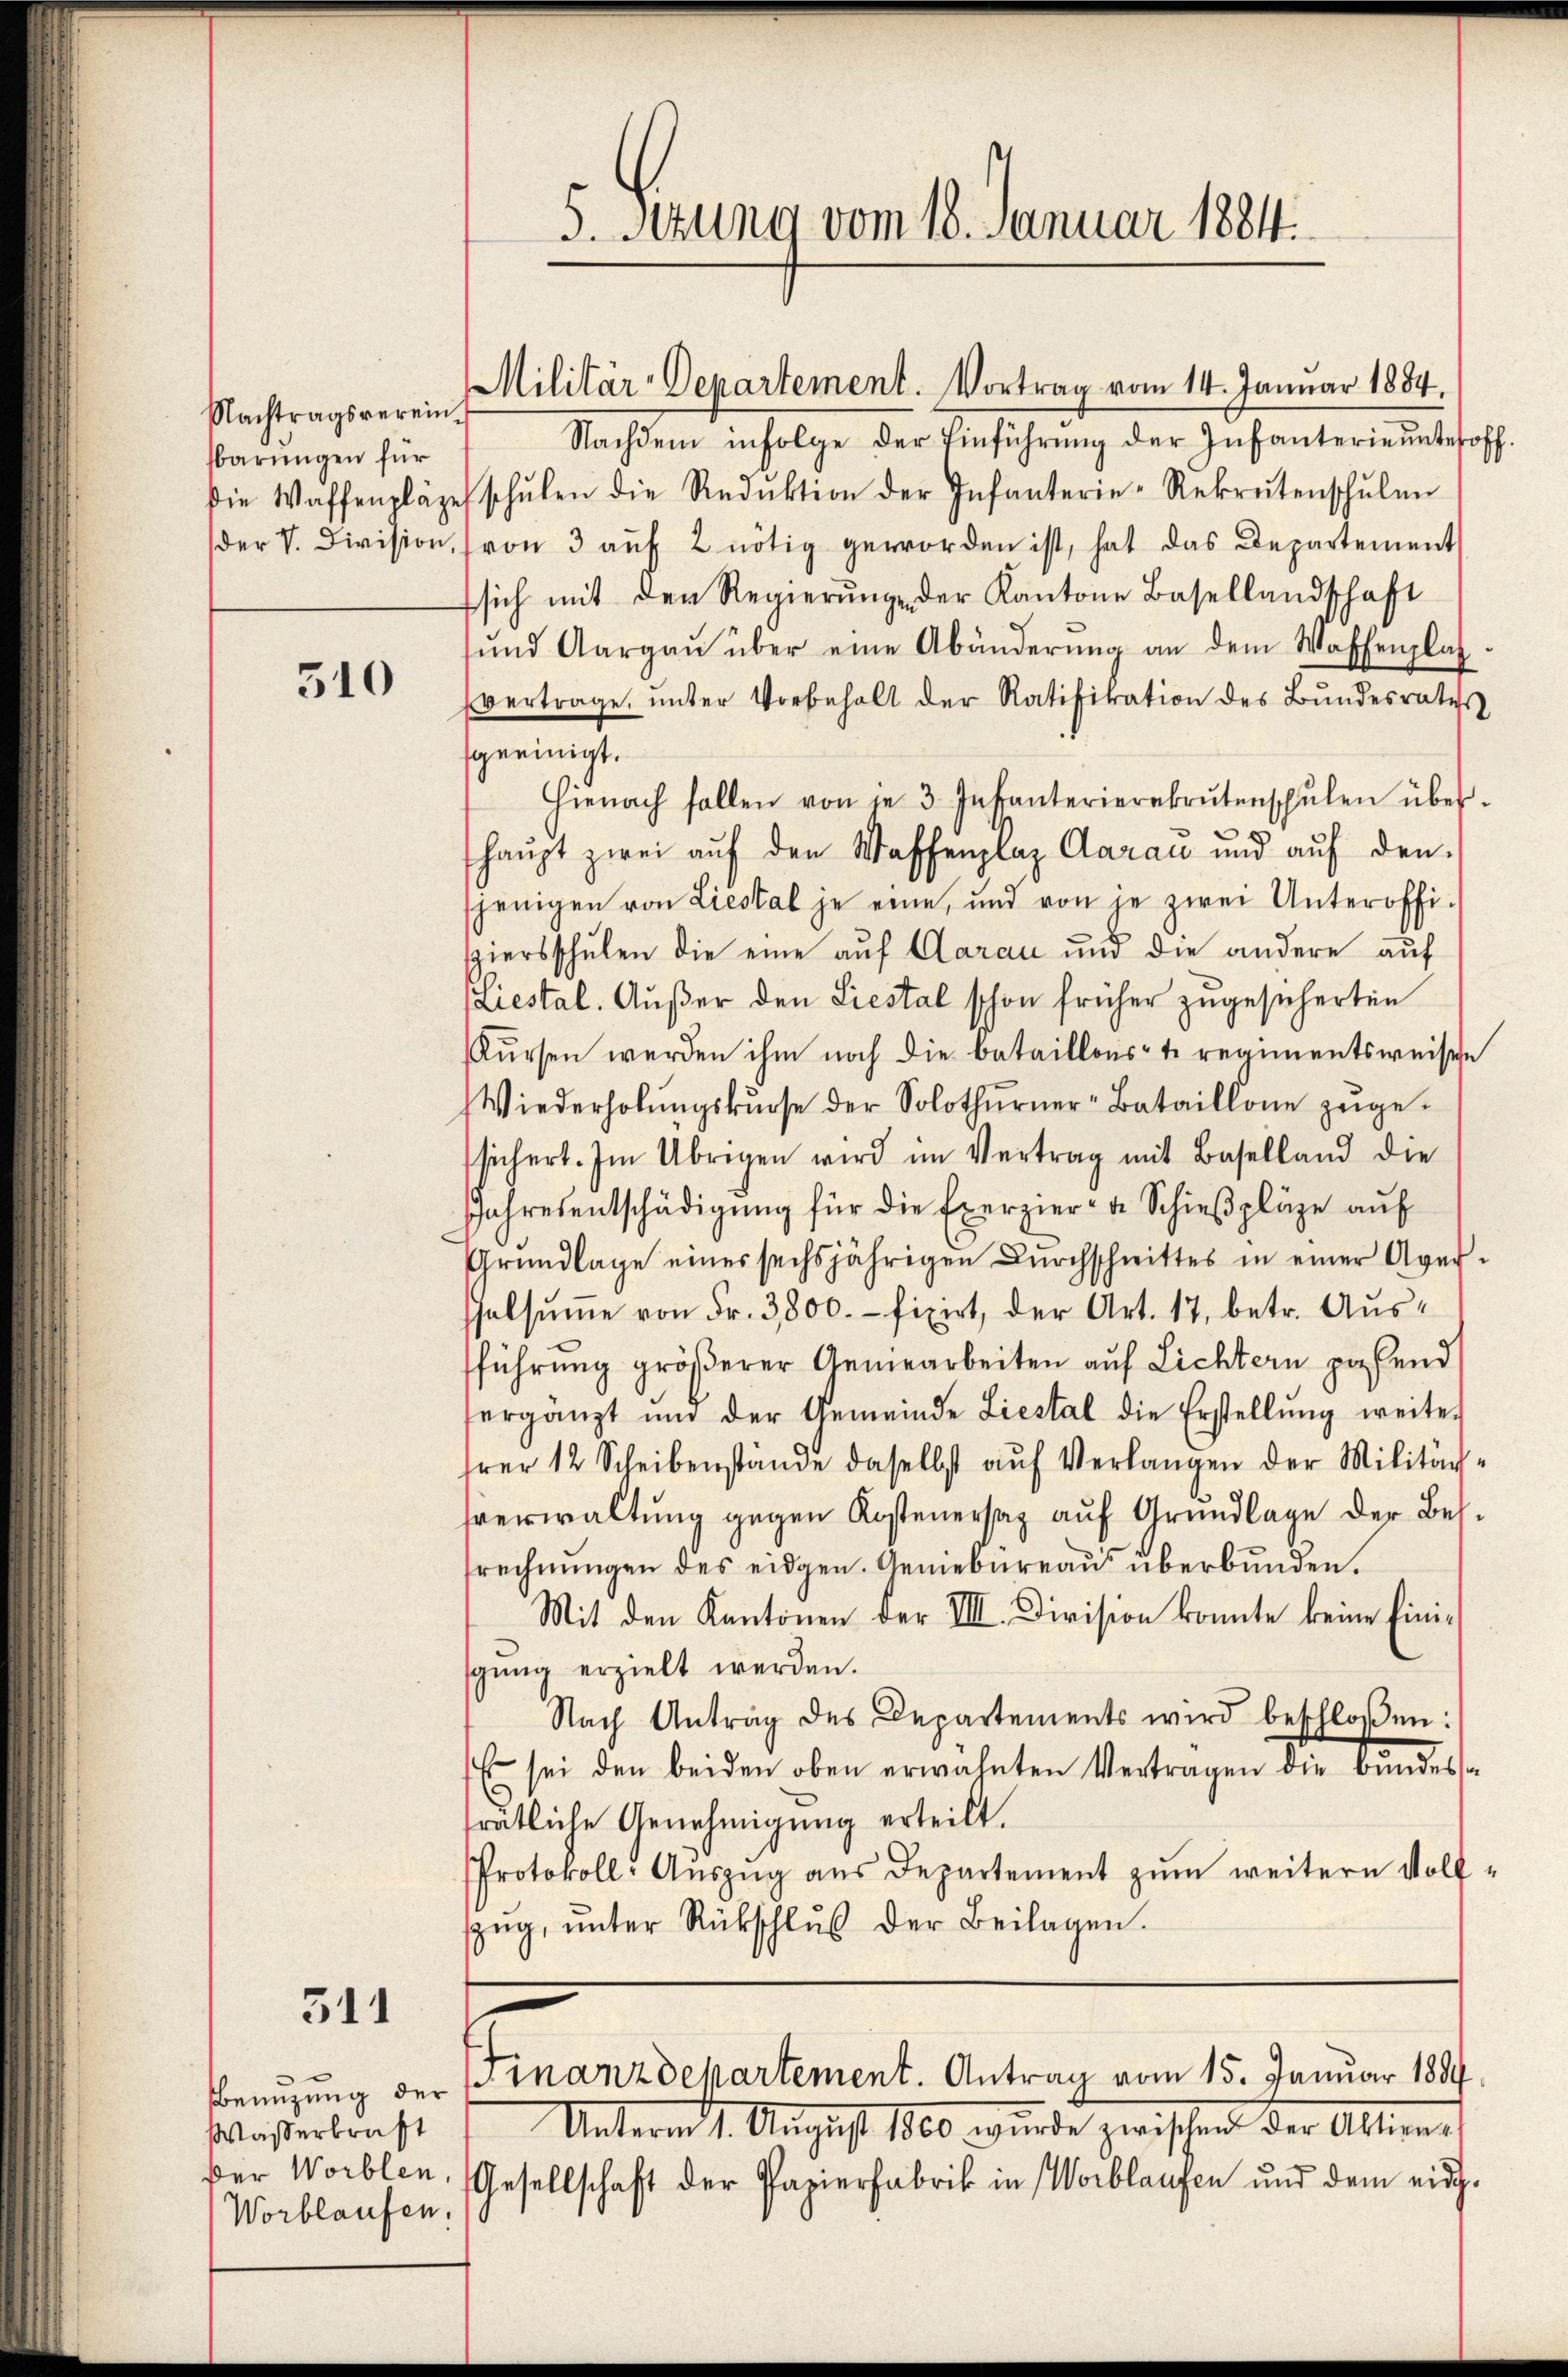
310

311

Nachtragsverein.
barungen für

Wasserkraft
Worblaufen.

5. Sitzung vom 18. Januar 1884.

Nachdem infolge der Einführŭng der Infanterie ŭnteroff
die Waffenpläge schŭlen die Reduktion der Infanterie-Rekrutenschŭlen
der V. Division, (von 3 aŭf 2 nötig geworden ist, hat das Departement
fsich mit den Regierŭng der Kantone Basellandschaft
und Aargaŭ über eine Abänderŭng an dem Waffenplat
vertrage, ŭnter Vorbehalt der Ratifikation des Bundesrates
geeinigt.
Hienach sollen von je 3 Infanterierekrutenschŭlen über-
haŭpt zwei aŭf den Waffenplaz Aarau und aŭf den
sjenigen von Liestal je eine, und von je zwei Unteroffi-
spiersschulen die eine auf Aarau und die andere auf
(Liestal. Außer den Liestal schon früher zugesicherten
Kursen werden ihm noch die Bataillonst regimentsweisen
Wiederholŭngskŭrse der Solothŭrner-Bataillone zŭge-
sichert. Im Übrigen wird im Vertrag mit Baselland die
Jahresentschädigŭng für die Exerzier- u Schieβpläge aŭf
Grŭndlage eines sechsjährigen Dŭrchschnittes in einer Averelsŭṁe von Fr. 3800.- fixirt, der Art. 17, betr. Ausfführung gröβerer Geniearbeiten auf Lichtern passend
sergänzt und der Gemeinde Liestal die Erstellŭng weiter
hrer 12 Scheibenstände daselbst auf Verlangen der Militär-
hverwaltung gegen Kosteuersaz auf Grundlage der Bessrechnungen des eidgen. Geniebüreaus überbunden.
Mit den Kantonen der VIII. Division konnte keine Einisgŭng erzielt werden.
Nach Antrag des Departements wird beschloßen:
 sei den beiden oben erwähnten Vertragen die bundes
trätliche Genehmigung erteilt.
Protokoll-Auszug aus Departement zum weitern Volf¬
Zŭg, ŭnter Rückschlŭβ der Beilagen.

Militär-Departement. Vortrag vom 14. Januar 1884.

Benutzung der Finanzdepartement. Antrag vom 15. Januar 1889.

Unterm 1. August 1860 wurde zwischen der Aktions-
der Worblen, Gesellschaft der Papierfabrik in Worblaufen und dem eid-